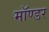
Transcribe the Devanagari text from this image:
मॉण्डर